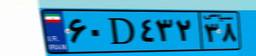
۱۲D۷۶۴۷۱